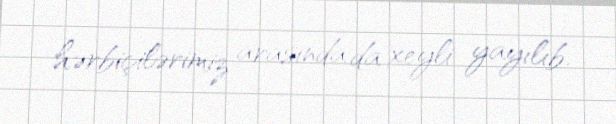
hərbiçilərimiz arasında da xeyli yayılıb.